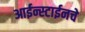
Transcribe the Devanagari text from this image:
आईन्स्टाईनचे